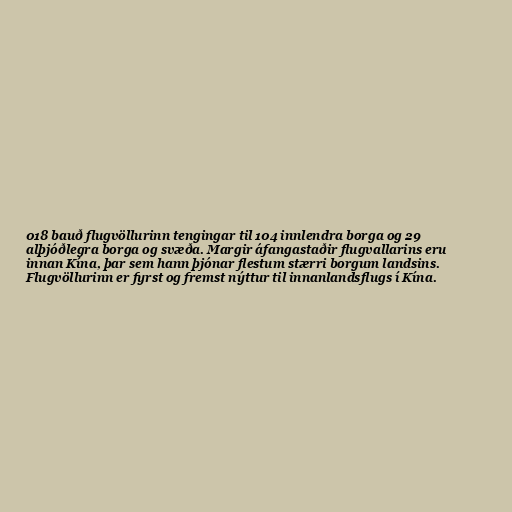
018 bauð flugvöllurinn tengingar til 104 innlendra borga og 29
alþjóðlegra borga og svæða. Margir áfangastaðir flugvallarins eru
innan Kína, þar sem hann þjónar flestum stærri borgum landsins.
Flugvöllurinn er fyrst og fremst nýttur til innanlandsflugs í Kína.